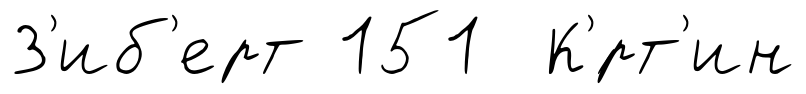
З'иб'ерт 151 К'́рт'ин